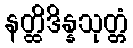
နတ္ထိဒိန္နသုတ္တံ